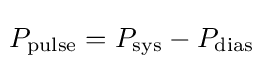
\!P_{\text{pulse}}=P_{\text{sys}}-P_{\text{dias}}